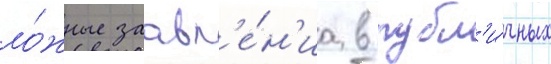
ло́жные заавл'е́н'иа в публ'и́чных